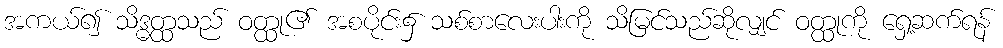
အကယ်၍ သိဒ္ဓတ္ထသည် ဝတ္ထု၏ အစပိုင်း၌ သစ်စာလေးပါးကို သိမြင်သည်ဆိုလျှင် ဝတ္ထုကို ရှေ့ဆက်ရန်